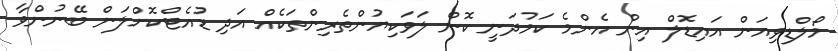
މޯލްޑިވިއަން އައިޑޮލް އިން އެންމެ ކަމުދަނީ ކޮން ލަވަކިޔުންތެރިންތަކެއް އަދި ޑުއެޓްކޮށްލަން ބޭނުންވާ